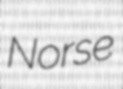
Norse